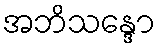
အဘိသန္ဒော